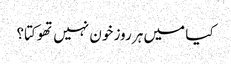
کیا میں ہر روز خون نہیں تھوکتا؟